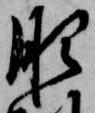
肥